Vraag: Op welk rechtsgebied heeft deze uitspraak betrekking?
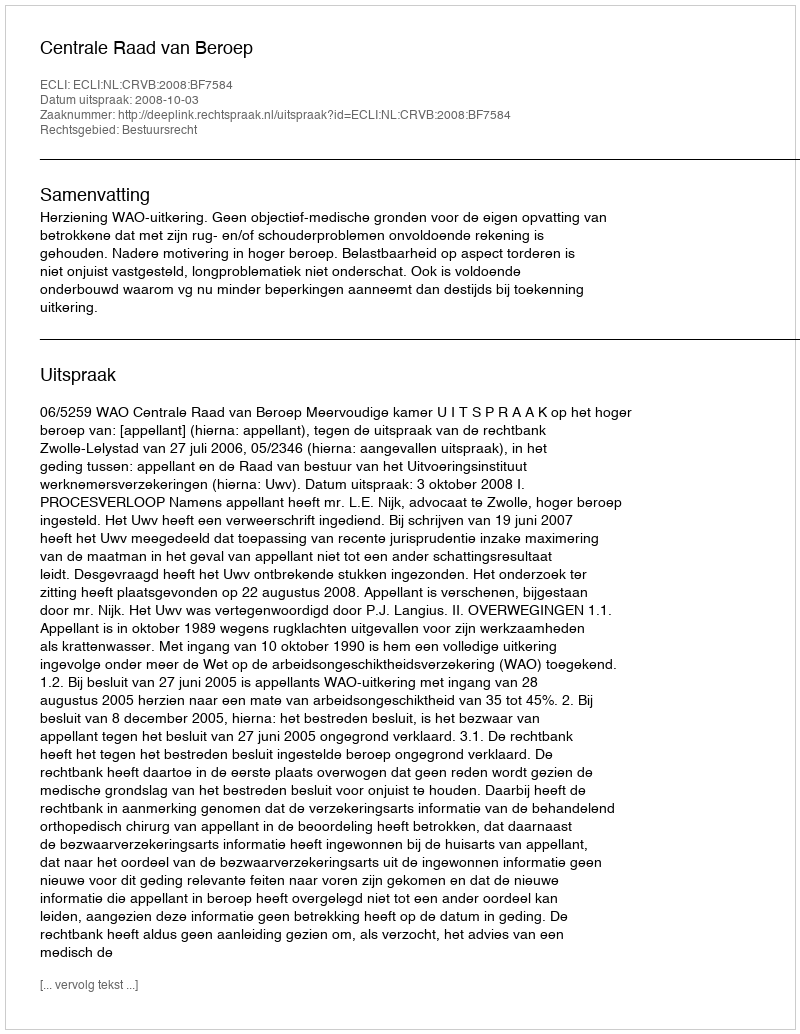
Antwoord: Bestuursrecht